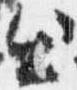
出